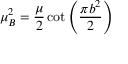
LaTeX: \mu _ { B } ^ { 2 } = \frac \mu 2 \cot \left( \frac { \pi b ^ { 2 } } 2 \right)